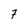
Character: 7